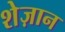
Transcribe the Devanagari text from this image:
शेज़ान